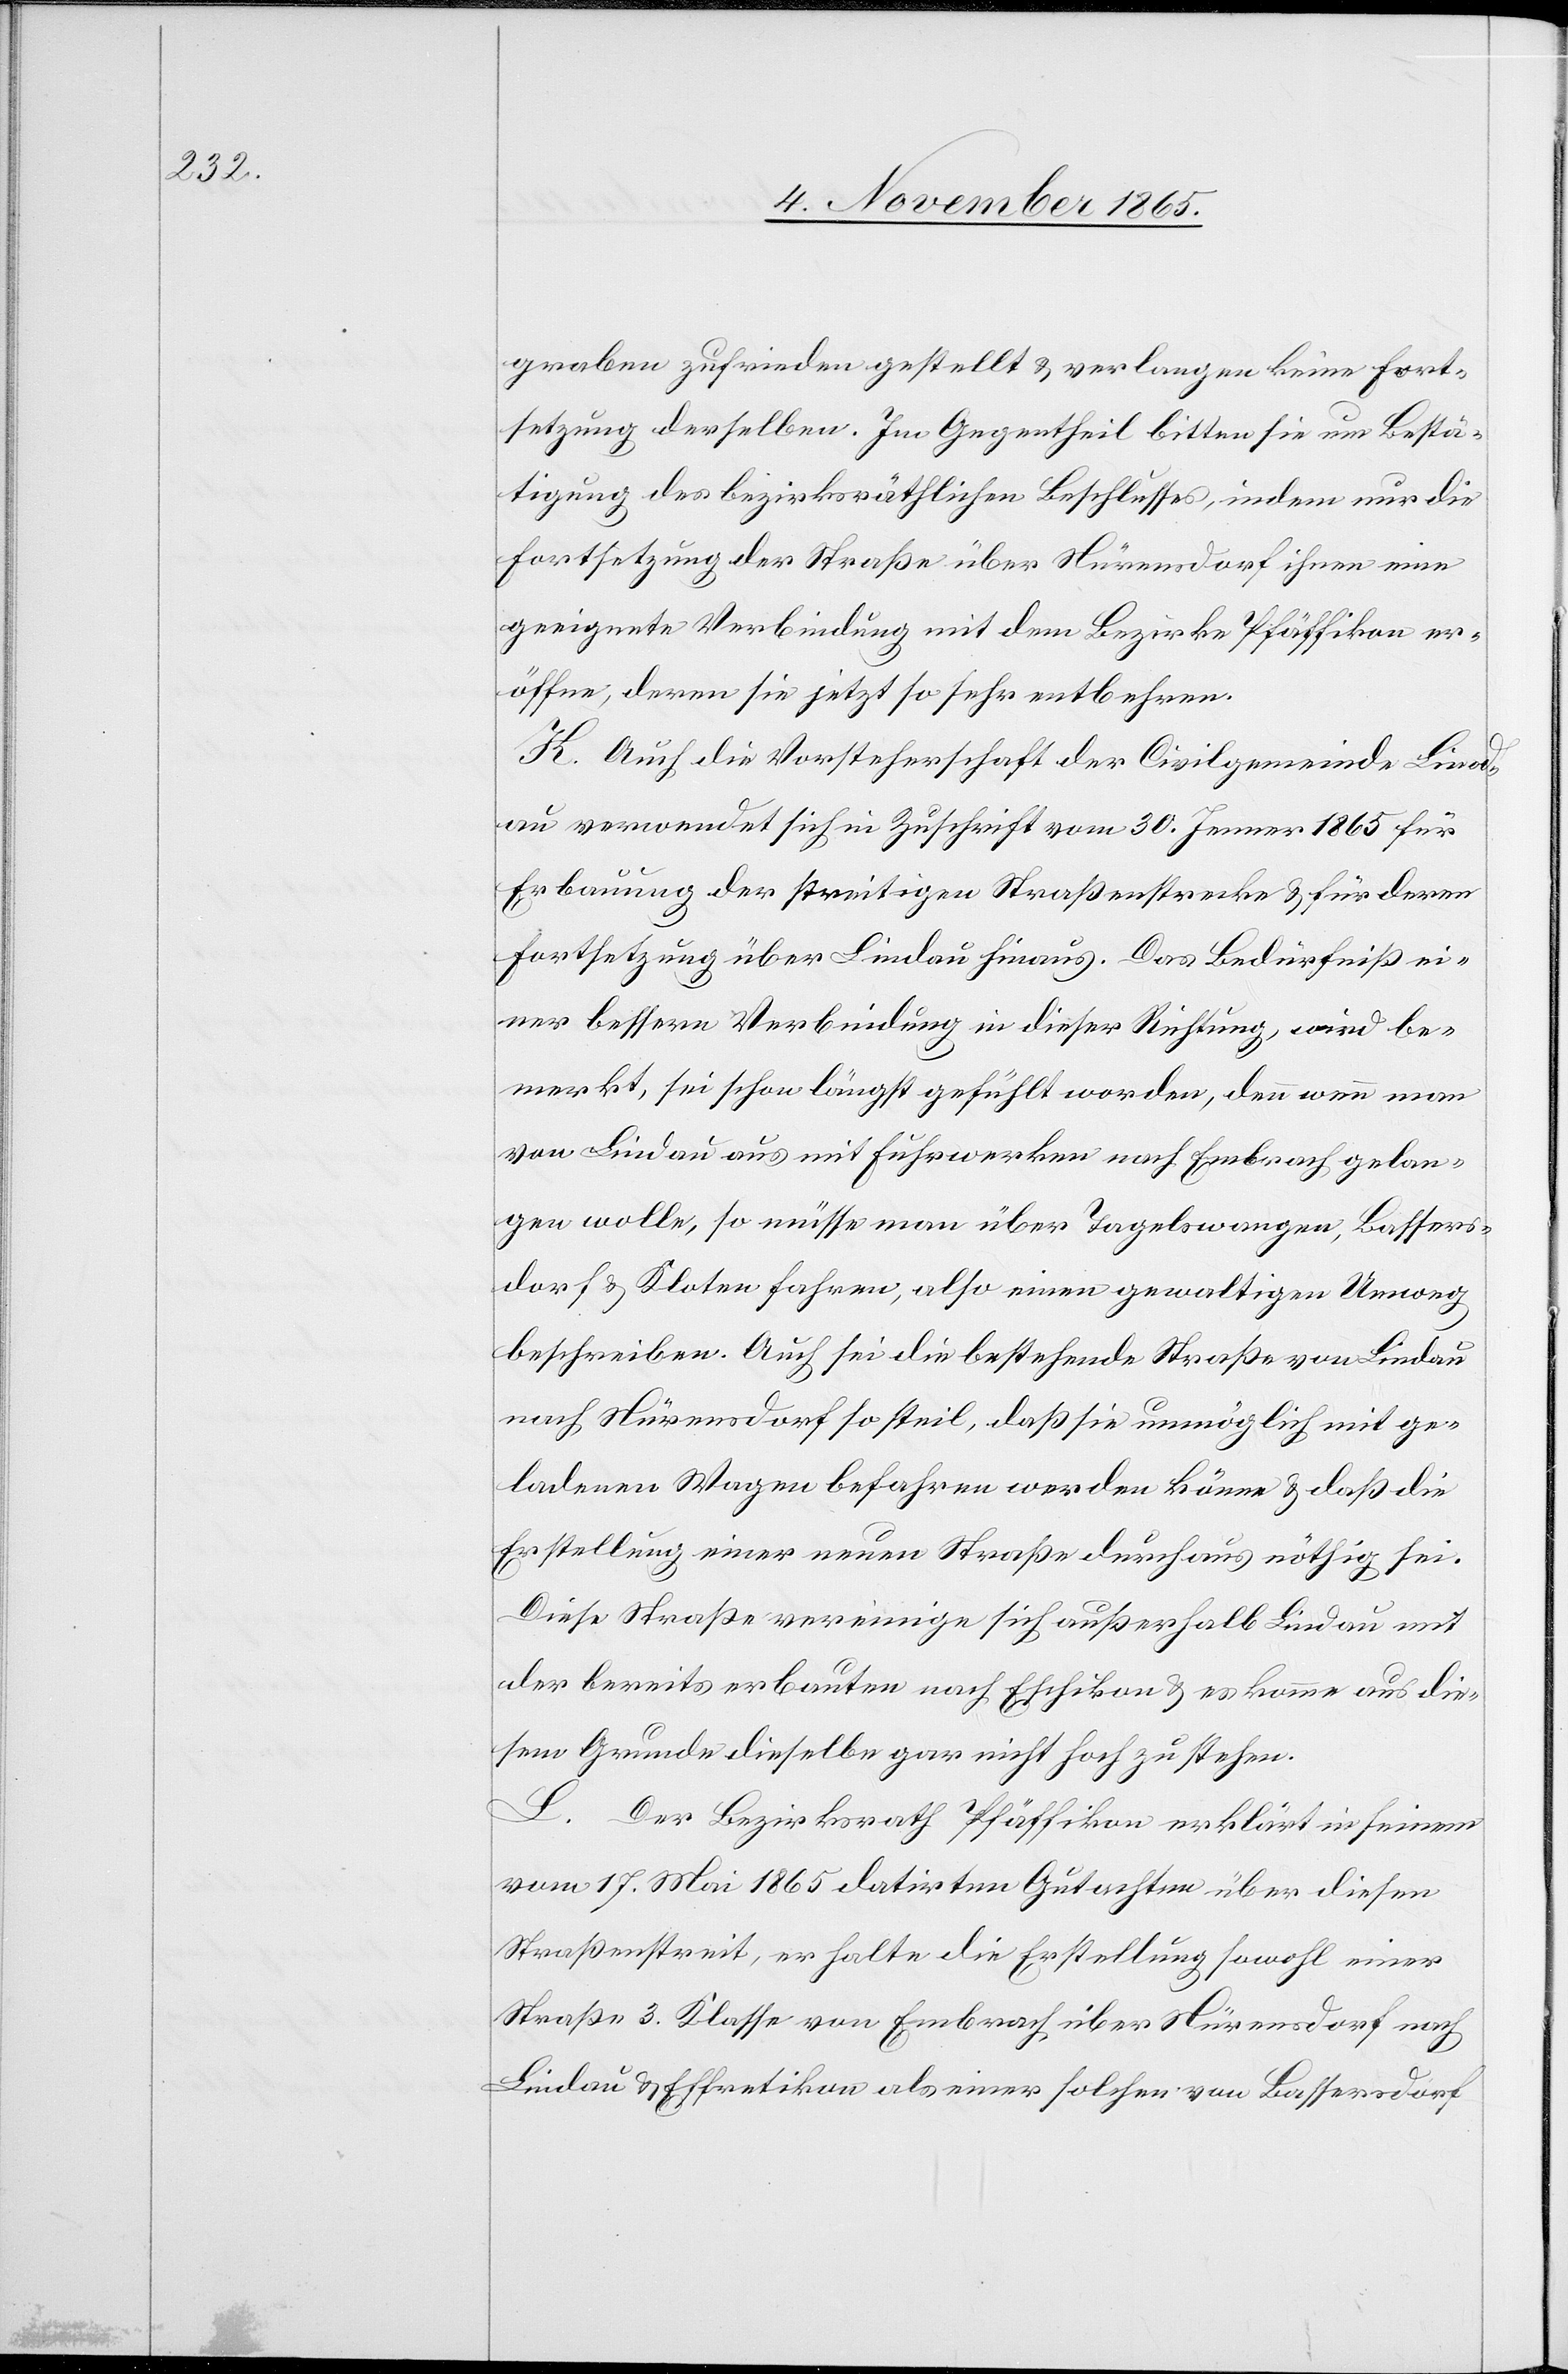
graben zufrieden gestellt & verlangen keine Fort¬
setzung derselben. Im Gegentheil bitten sie um Bestä¬
tigung des bezirksräthlichen Beschlusses, indem nur die
Fortsetzung der Straße über Nürensdorf ihnen eine
geeignete Verbindung mit dem Bezirke Pfäffikon er¬
öffne, deren sie jetzt so sehr entbehren.
K. Auch die Vorsteherschaft der Civilgemeinde Lind¬
au verwendet sich in Zuschrift vom 30. Jenner 1865 für
Erbauung der streitigen Straßenstrecke & für deren
Fortsetzung über Lindau hinaus. Das Bedürfniß ei¬
ner bessern Verbindung in dieser Richtung, wird be¬
merkt, sei schon längst gefühlt worden, denn wenn man
von Lindau aus mit Fuhrwerken nach Embrach gelan¬
gen wolle, so müsse man über Tagelswangen, Bassers¬
dorf & Kloten fahren, also einen gewaltigen Umweg
beschreiben. Auch sei die bestehende Straße von Lindau
nach Nürensdorf so steil, daß sie unmöglich mit ge¬
ladenen Wagen befahren werden könne & daß die
Erstellung einer neuen Straße durchaus nöthig sei.
Diese Straße vereinige sich außerhalb Lindau mit
der bereits erbauten nach Eschikon & es komme aus die¬
sem Grunde dieselbe gar nicht hoch zu stehen.
L. Der Bezirksrath Pfäffikon erklärt in seinem
vom 17. Mai 1865 datirten Gutachten über diesen
Straßenstreit, er halte die Erstellung sowohl einer
Straße 3. Klasse von Embrach über Nürensdorf nach
Lindau & Effretikon als einer solchen von Bassersdorf